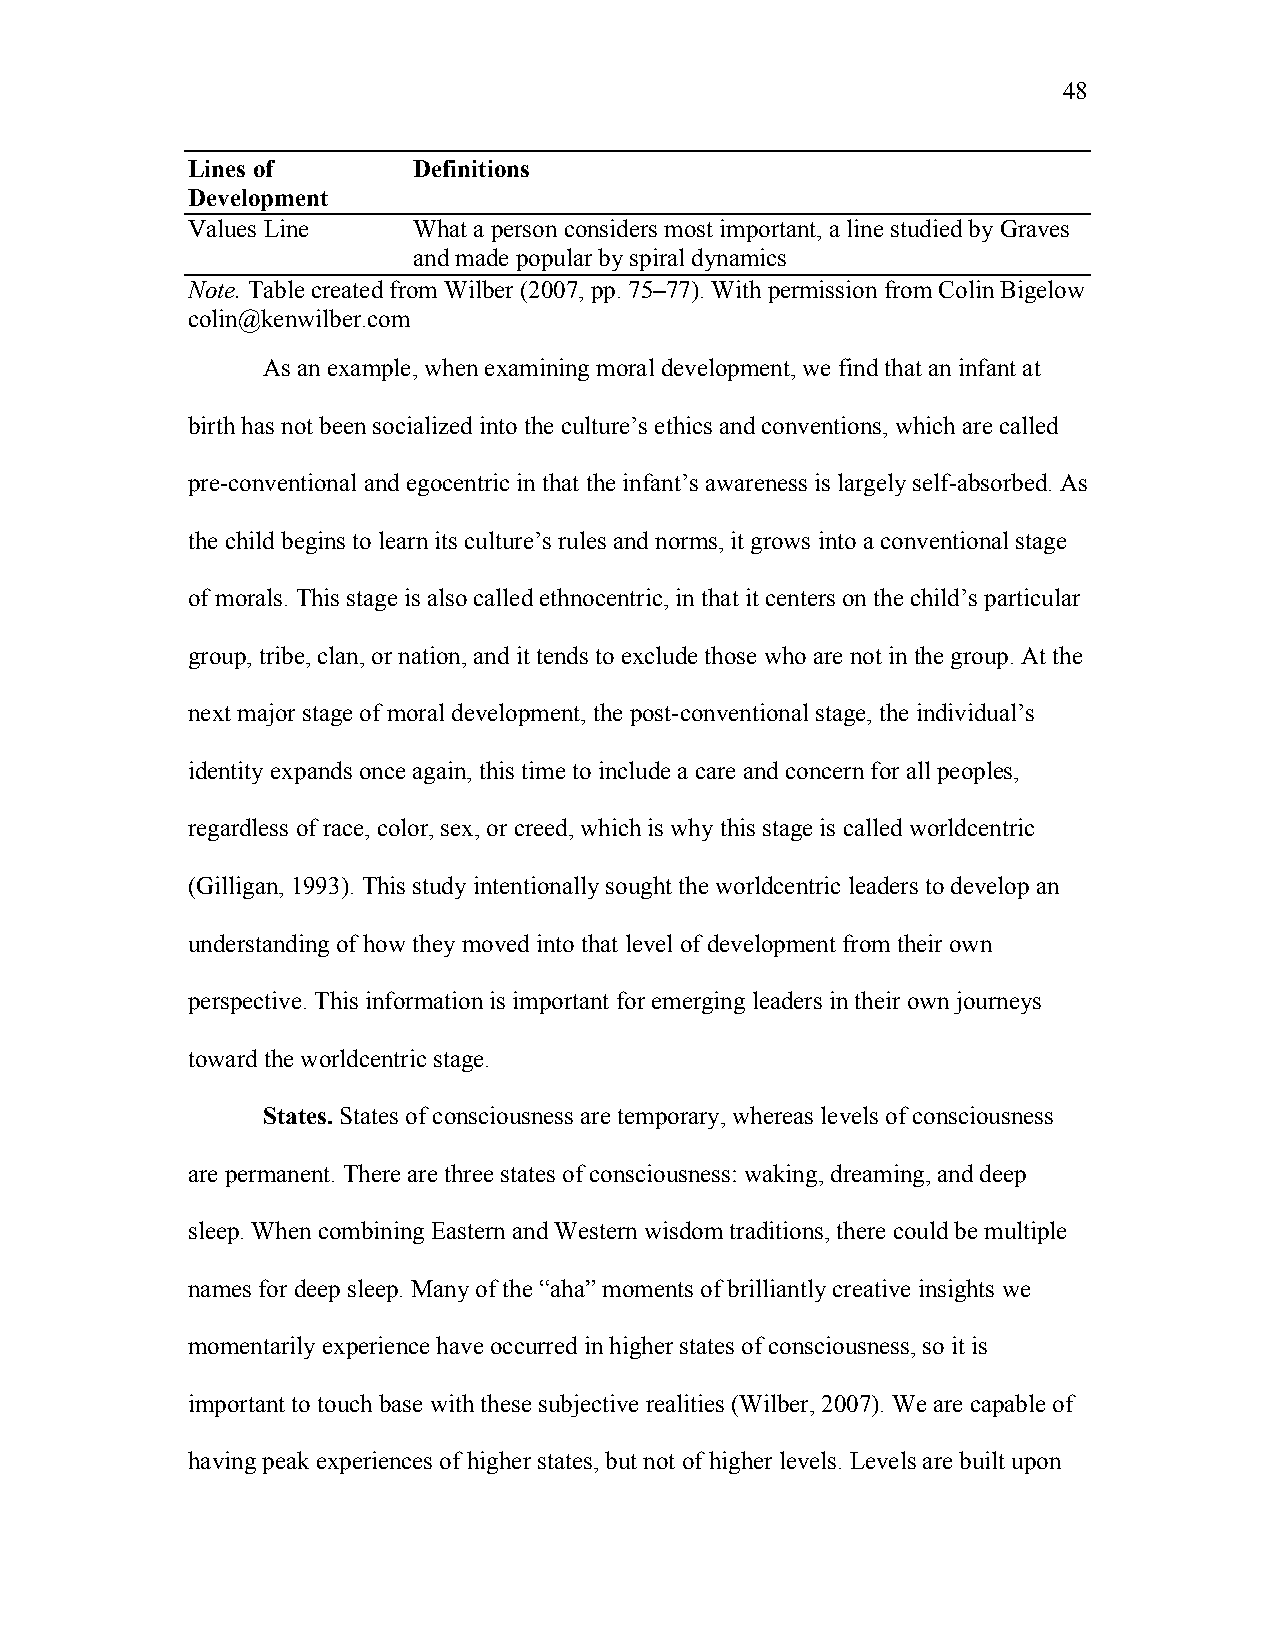
48
 Lines of       Definitions
 Development
 Values Line    What a person considers most important, a line studied by Graves
 and made popular by spiral dynamics
 Note. Table created from Wilber (2007, pp. 75–77). With permission from Colin Bigelow
 colin@kenwilber.com
 As an example, when examining moral development, we find that an infant at
 birth has not been socialized into the culture’s ethics and conventions, which are called
 pre-conventional and egocentric in that the infant’s awareness is largely self-absorbed. As
 the child begins to learn its culture’s rules and norms, it grows into a conventional stage
 of morals. This stage is also called ethnocentric, in that it centers on the child’s particular
 group, tribe, clan, or nation, and it tends to exclude those who are not in the group. At the
 next major stage of moral development, the post-conventional stage, the individual’s
 identity expands once again, this time to include a care and concern for all peoples,
 regardless of race, color, sex, or creed, which is why this stage is called worldcentric
 (Gilligan, 1993). This study intentionally sought the worldcentric leaders to develop an
 understanding of how they moved into that level of development from their own
 perspective. This information is important for emerging leaders in their own journeys
 toward the worldcentric stage.
 States. States of consciousness are temporary, whereas levels of consciousness
 are permanent. There are three states of consciousness: waking, dreaming, and deep
 sleep. When combining Eastern and Western wisdom traditions, there could be multiple
 names for deep sleep. Many of the “aha” moments of brilliantly creative insights we
 momentarily experience have occurred in higher states of consciousness, so it is
 important to touch base with these subjective realities (Wilber, 2007). We are capable of
 having peak experiences of higher states, but not of higher levels. Levels are built upon